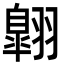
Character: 翺